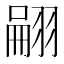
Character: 翤